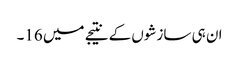
ان ہی سازشوں کے نتیجے میں 16۔